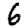
Digit: 6